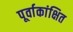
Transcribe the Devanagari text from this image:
पूर्वाकांक्षित